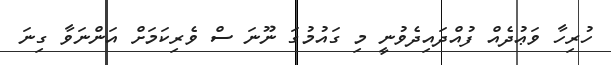
ހުރިހާ ވަޢުދެއް ފުއްދައިދެވުނީ މި ގައުމުގަ ނޫނަ ސް ވެރިކަމަށް އަންނަވާ ގިނަ